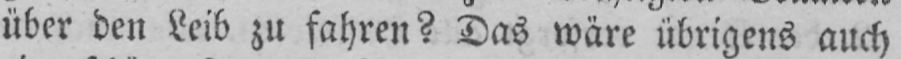
über den Leib zu fahren? Das wäre übrigens auch